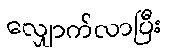
လျှောက်လာပြီး